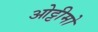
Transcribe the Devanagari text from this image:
ओट्टीमो